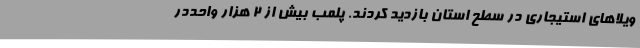
ویلاهای استیجاری در سطح استان بازدید کردند. پلمب بیش از 2 هزار واحددر